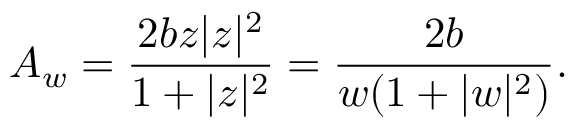
A _ { w } = \frac { 2 b z | z | ^ { 2 } } { 1 + | z | ^ { 2 } } = \frac { 2 b } { w ( 1 + | w | ^ { 2 } ) } .